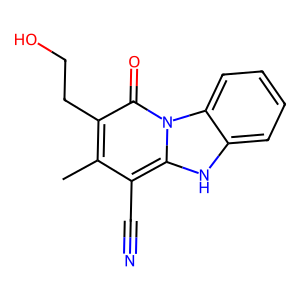
SMILES: Cc1c(CCO)c(=O)n2c([nH]c3ccccc32)c1C#N
Inhibits HIV replication: No